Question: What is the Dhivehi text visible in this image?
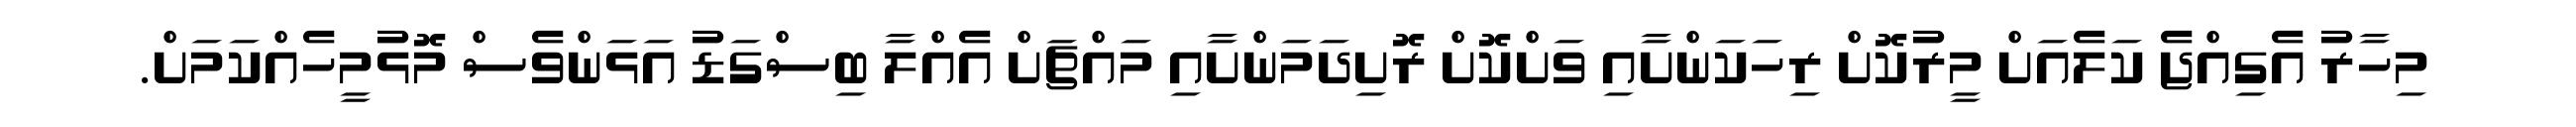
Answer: މިހާރު އެގިއްޖެ ކަލެއަށް މީރުކޮށް ރިހަކަންށާއި ވަށްކޮށް ރޮށިދަމަންށާއި މައްޗަށް އެއްލާ ބިސްގަޑު އަޅަންވެސް މޮޅުމީހެއްކަމަށް.